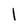
Character: 1